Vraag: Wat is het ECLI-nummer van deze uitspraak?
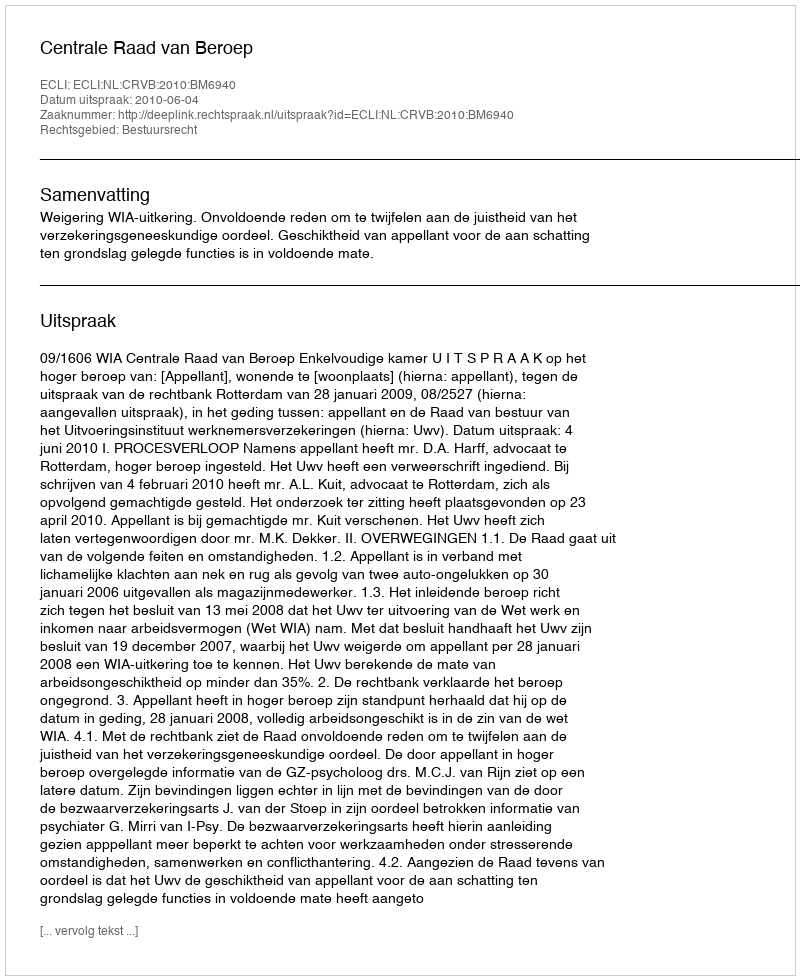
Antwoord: ECLI:NL:CRVB:2010:BM6940